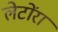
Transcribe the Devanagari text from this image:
लेटोंरा